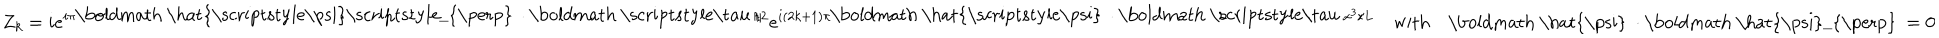
LaTeX: Z _ { k } = i e ^ { i \pi \mathrm { \boldmath ~ \hat { \scriptstyle \ p s i } \scriptstyle _ { \perp } ~ } \cdot \mathrm { \boldmath ~ \scriptstyle \ t a u ~ } / 2 } e ^ { i ( 2 k + 1 ) \pi \mathrm { \boldmath ~ \hat { \scriptstyle \ p s i } ~ } \cdot \mathrm { \boldmath ~ \scriptstyle \ t a u ~ } x ^ { 3 } / L } \quad \mathrm { w i t h } \quad \mathrm { \boldmath ~ \hat { \ p s i } ~ } \cdot \mathrm { \boldmath ~ \hat { \ p s i } _ { \perp } ~ } = 0